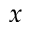
x